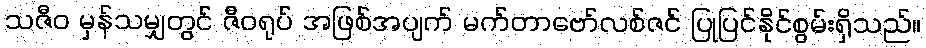
သဇီဝ မှန်သမျှတွင် ဇီဝရုပ် အဖြစ်အပျက် မက်တာဗော်လစ်ဇင် ပြုပြင်နိုင်စွမ်းရှိသည်။